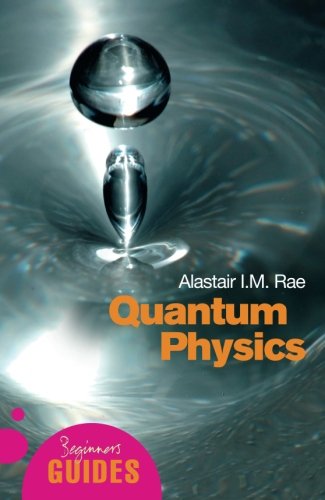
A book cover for Quantum Physics: A Beginner's Guide (Beginner's Guides); Alastair Rae; Science & Math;